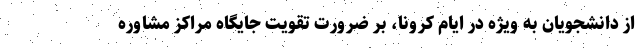
از دانشجویان به ویژه در ایام کرونا، بر ضرورت تقویت جایگاه مراکز مشاوره